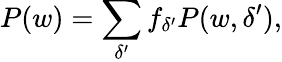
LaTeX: P(w)=\sum_{\delta^{\prime}}f_{\delta^{\prime}}P(w,\delta^{\prime}),